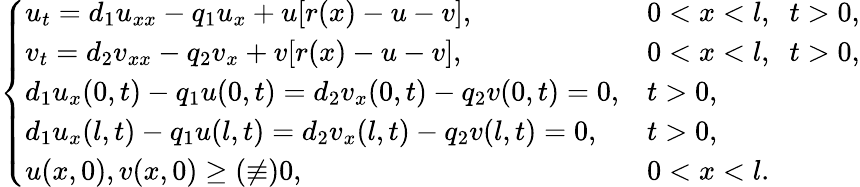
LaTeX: \left\{ \begin{array}{ll}{u_{t}=d_{1}u_{xx}-q_{1}u_{x}+u[r(x)-u-v],}&{0<x<l,\; \; t>0,}\\ {v_{t}=d_{2}v_{xx}-q_{2}v_{x}+v[r(x)-u-v],}&{0<x<l,\; \; t>0,}\\ {d_{1}u_{x}(0,t)-q_{1}u(0,t)=d_{2}v_{x}(0,t)-q_{2}v(0,t)=0,}&{t>0,}\\ {d_{1}u_{x}(l,t)-q_{1}u(l,t)=d_{2}v_{x}(l,t)-q_{2}v(l,t)=0,}&{t>0,}\\ {u(x,0),v(x,0)\ge(\not\equiv)0,}&{0<x<l.}\end{array}\right.